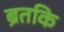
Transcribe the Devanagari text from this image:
ब्रतकि